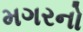
મગરનો